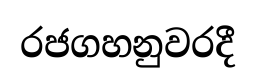
රජගහනුවරදී